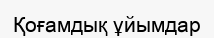
Қоғамдық ұйымдар